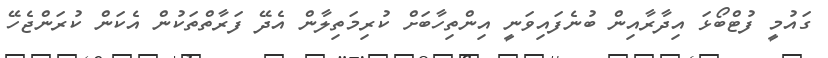
ގައުމީ ފުޓްބޯޅަ އިދާރާއިން ބުނެފައިވަނީ އިންތިހާބަށް ކުރިމަތިލާން އެދޭ ފަރާތްތަކުން އެކަން ކުރަންޖެހޭ